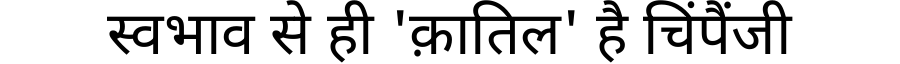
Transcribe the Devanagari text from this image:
स्वभाव से ही 'क़ातिल' है चिंपैंजी